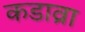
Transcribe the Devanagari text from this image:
कडाव्रा